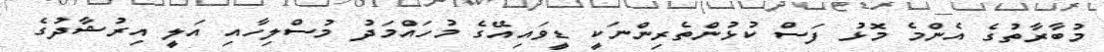
މުބާރާތުގެ އެންމެ މޮޅު ފަސް ކުޅުންތެރިންނަކީ ޑީވައިއޭގެ މުހައްމަދު މުސްލިހާއި އަލީ އިރުޝާދުގެ